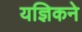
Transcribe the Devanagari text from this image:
यज्ञिकने